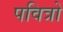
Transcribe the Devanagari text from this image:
पवित्रो